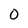
Character: 0